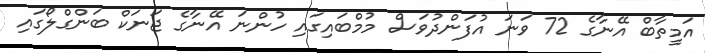
އަމީތާބް އޭނާގެ 72 ވަނަ އުފަންދުވަސް މުމްބައިގައި ހުންނަ އޭނާގެ ޖަނަކް ބަންގްލޯގައި